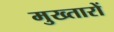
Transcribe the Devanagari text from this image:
मुख्तारों